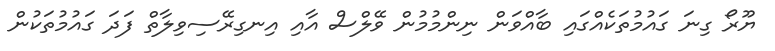
ޔޫރޯ ގިނަ ގައުމުތަކެއްގައި ބާއްވަން ނިންމުމުން ވޭލްސް އާއި އިނގިރޭސިވިލާތް ފަދަ ގައުމުތަކުން